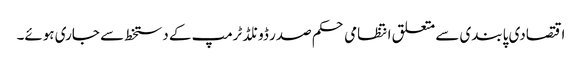
اقتصادی پابندی سے متعلق انتظامی حکم صدر ڈونلڈ ٹرمپ کے دستخط سے جاری ہوئے۔